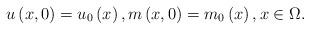
LaTeX: \begin{align*}u\left( x,0\right) =u_{0}\left( x\right) ,m\left( x,0\right)=m_{0}\left( x\right) ,x\in \Omega . \end{align*}